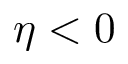
\eta < 0